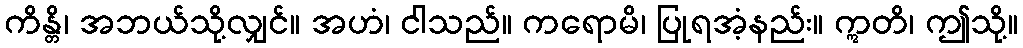
ကိန္တိ၊ အဘယ်သို့လျှင်။ အဟံ၊ ငါသည်။ ကရောမိ၊ ပြုရအံ့နည်း။ ဣတိ၊ ဤသို့။